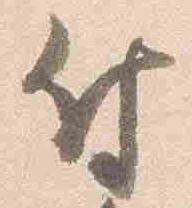
付